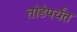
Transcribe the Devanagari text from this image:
तोडेपर्यंत